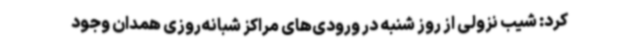
کرد: شیب نزولی از روز شنبه در ورودی‌های مراکز شبانه‌روزی همدان وجود